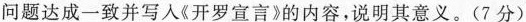
问题达成一致并写人《开罗宣言》的内容，说明其意义。(7分)